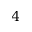
4